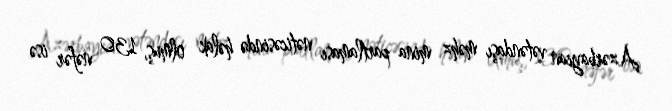
Azərbaycan vətəndaşı məhz mina partlaması nəticəsində həlak olmuş, 130 nəfər isə